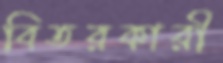
বিতরকারী